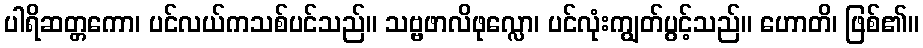
ပါရိဆတ္တကော၊ ပင်လယ်ကသစ်ပင်သည်။ သဗ္ဗဖာလိဖုလ္လော၊ ပင်လုံးကျွတ်ပွင့်သည်။ ဟောတိ၊ ဖြစ်၏။